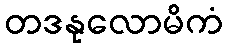
တဒနုလောမိကံ